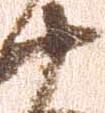
十